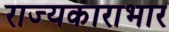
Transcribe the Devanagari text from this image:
राज्यकाराभार